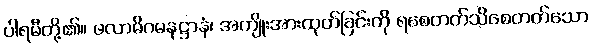
ပါရမီတို့၏။ ဖလာဓိဂမနဋ္ဌာနံ၊ အကျိုးအားထုတ်ခြင်းကို ရစေတတ်သိစေတတ်သော